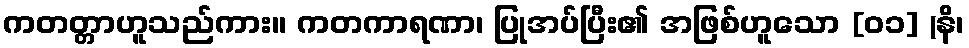
ကတတ္တာဟူသည်ကား။ ကတကာရဏာ၊ ပြုအပ်ပြီး၏ အဖြစ်ဟူသော [၀၁] (နိ၊